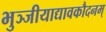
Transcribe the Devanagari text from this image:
भुञ्जीयाद्यावकौदनम्